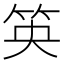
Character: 䇦